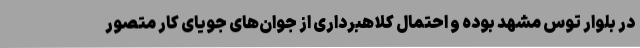
در بلوار توس مشهد بوده و احتمال کلاهبرداری از جوان‌های جویای کار متصور